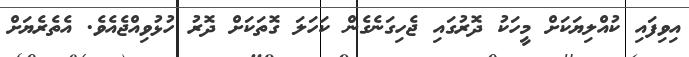
އިވިފައި ކުއްލިޔަކަށް މީހަކު ދޮރުގައި ޖެހިގަނެގެން ކަހަލަ ގޮތަކަށް ދޮރު ހުޅުވިއްޖެއެވެ. އެތެރެޔަށް